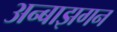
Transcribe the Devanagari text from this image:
अन्बाझगन